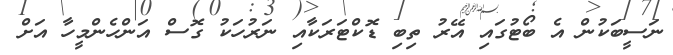
ނަސީބަކުން އެ ބޯޓުގައި އޭރު ތިބި ޑޮކްޓަރަކާއި ނަރުހަކު ގޮސް އަންހެންމީހާ އަށް